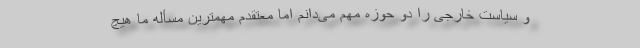
و سیاست خارجی را دو حوزه مهم می‌دانم اما معتقدم مهمترین مسأله ما هیچ